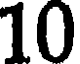
10